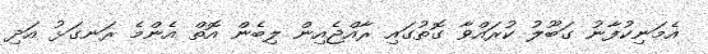
އެމަނިކުފާނު ގަބޫލު ކުރައްވާ ގޮތުގައި ރާއްޖެއިން ލިބެން އޮތް އެންމެ ރަނގަޅު އަދި